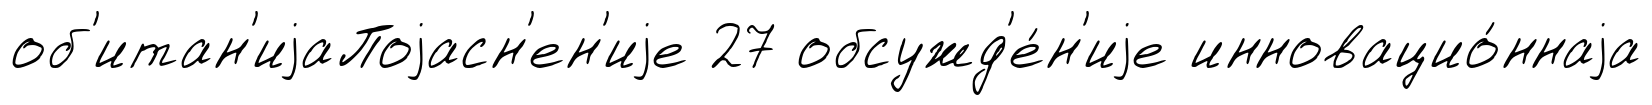
об'итан'иjаПоjасн'ен'иjе 27 обсужд'е́н'иjе инновацио́ннаjа